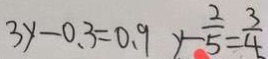
3 y - 0 . 3 = 0 . 9 y - \frac { 2 } { 5 } = \frac { 3 } { 4 }